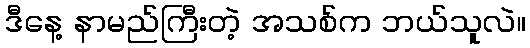
ဒီနေ့ နာမည်ကြီးတဲ့ အသစ်က ဘယ်သူလဲ။